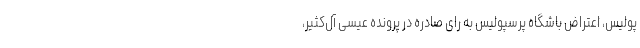
پولیس، اعتراض باشگاه پرسپولیس به رای صادره در پرونده عیسی آل‌کثیر،